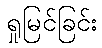
ရှုမြင်ခြင်း